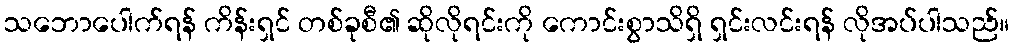
သဘောပေါက်ရန် ကိန်းရှင် တစ်ခုစီ၏ ဆိုလိုရင်းကို ကောင်းစွာသိရှိ ရှင်းလင်းရန် လိုအပ်ပါသည်။